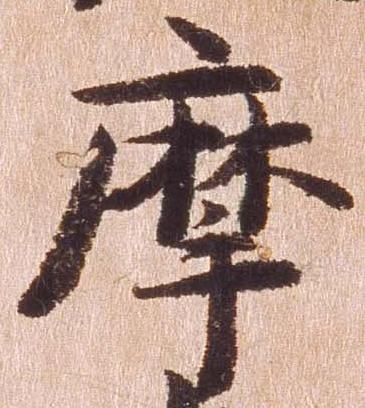
摩